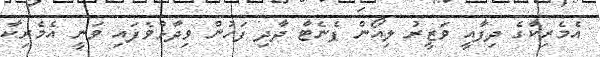
އެމެރިކާގެ ދިފާއީ ވަޒީރު ލިއޯން ޕެނެޓާ ދާދި ފަހުން ވިދާޅުވެފައި ވަނީ އެމެރިކާ